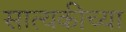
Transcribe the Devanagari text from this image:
सात्यकीच्या